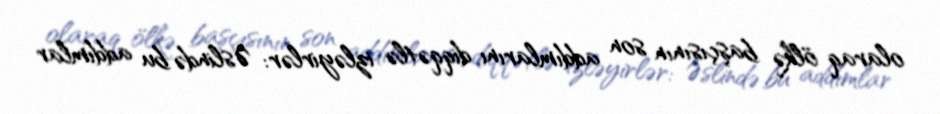
olaraq ölkə başçısının son addımlarını diqqətlə izləyirlər: Əslində bu addımlar